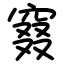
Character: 窡